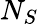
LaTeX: N_{S}